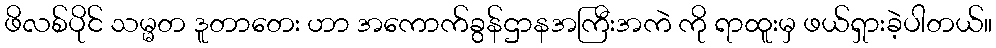
ဖိလစ်ပိုင် သမ္မတ ဒူတာတေး ဟာ အကောက်ခွန်ဌာနအကြီးအကဲ ကို ရာထူးမှ ဖယ်ရှားခဲ့ပါတယ်။